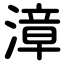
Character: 漳